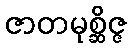
ဇာတမုစ္ဆိဇ္ဇ